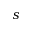
s